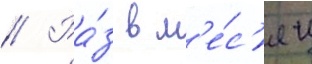
// Ра́з в м'е́с'яц